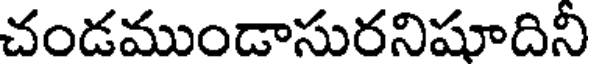
చండముండాసురనిషూదినీ